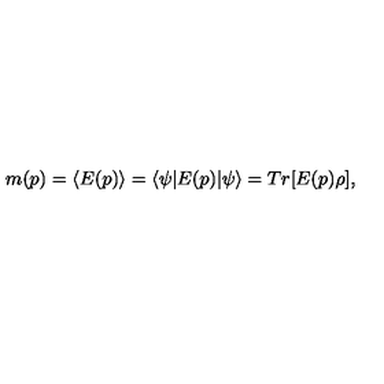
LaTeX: m ( p ) = \langle E ( p ) \rangle = \langle \psi | E ( p ) | \psi \rangle = T r [ E ( p ) \rho ] ,